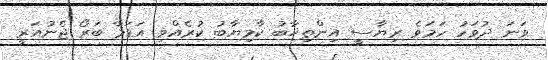
ވަނަ ދުވަހު ހަމަވެ ރިޔާސީ އިންތިޚާބު ކާމިޔާބު ކުރެއްވި އަޑަމާ ބަރޯ ޖެނުއަރީ